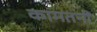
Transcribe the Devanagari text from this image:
कामतनी